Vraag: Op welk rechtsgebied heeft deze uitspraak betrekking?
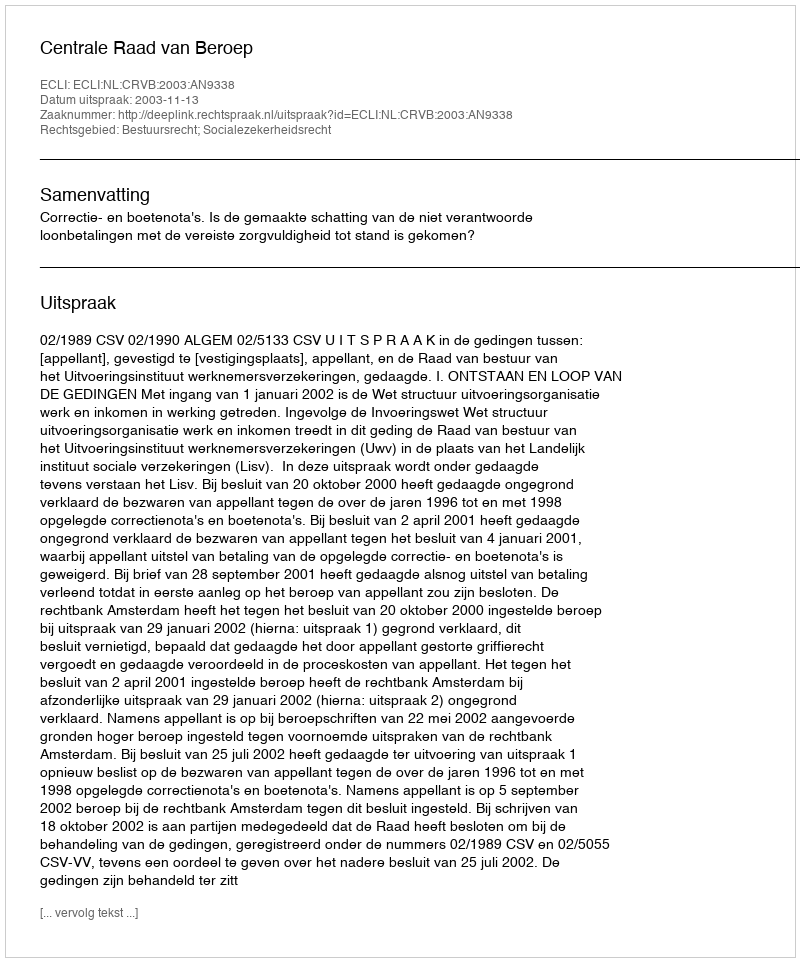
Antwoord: Bestuursrecht; Socialezekerheidsrecht